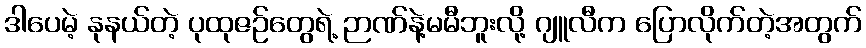
ဒါပေမဲ့ နုနယ်တဲ့ ပုထုဇဉ်တွေရဲ့ ဉာဏ်နဲ့မမီဘူးလို့ ဂျူလီက ပြောလိုက်တဲ့အတွက်